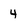
Character: 4